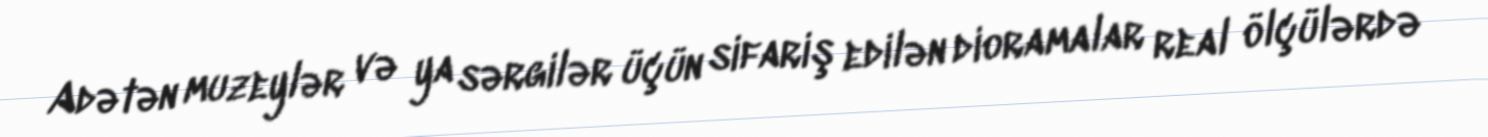
Adətən muzeylər və ya sərgilər üçün sifariş edilən dioramalar real ölçülərdə